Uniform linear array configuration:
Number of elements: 48
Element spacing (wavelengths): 0.25
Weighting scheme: hann
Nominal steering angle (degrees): -30
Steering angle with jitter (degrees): -30.37
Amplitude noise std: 0.05
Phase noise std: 0.05

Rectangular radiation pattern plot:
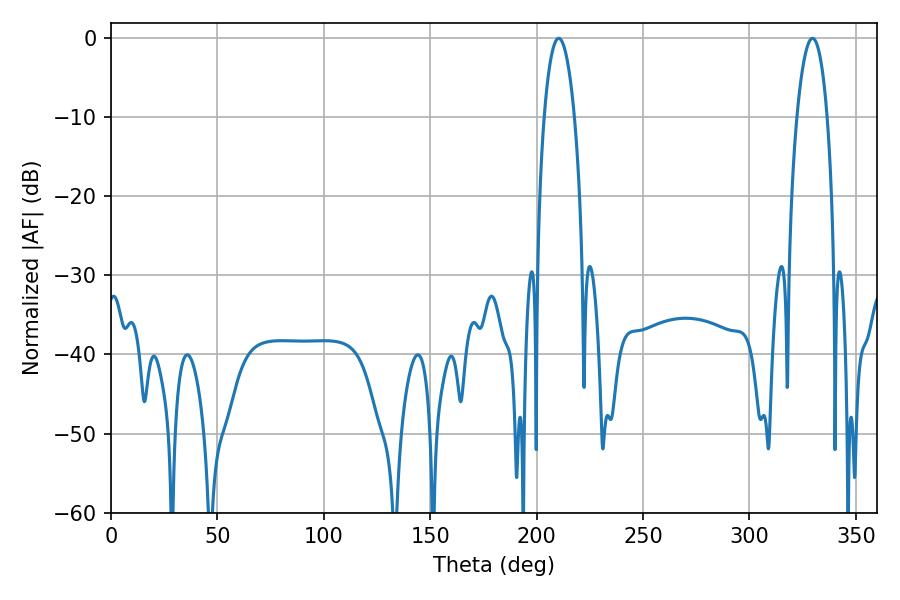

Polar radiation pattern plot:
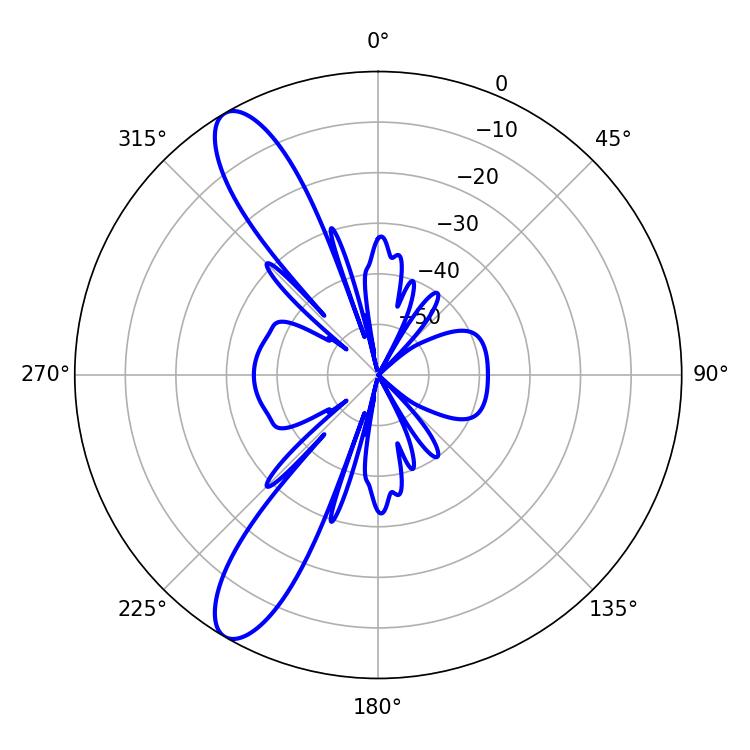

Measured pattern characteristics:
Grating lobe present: FALSE
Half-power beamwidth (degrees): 7.92
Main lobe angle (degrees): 210.42